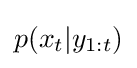
p(x_{t}|y_{1:t})